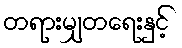
တရားမျှတရေးနှင့်